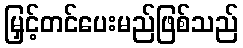
မြှင့်တင်ပေးမည်ဖြစ်သည်